Report on sanitation, dispensaries, and jails in Rajputana for 1919, and on vaccination for the year 1919-1920 - 1919-1920
Year: 1919
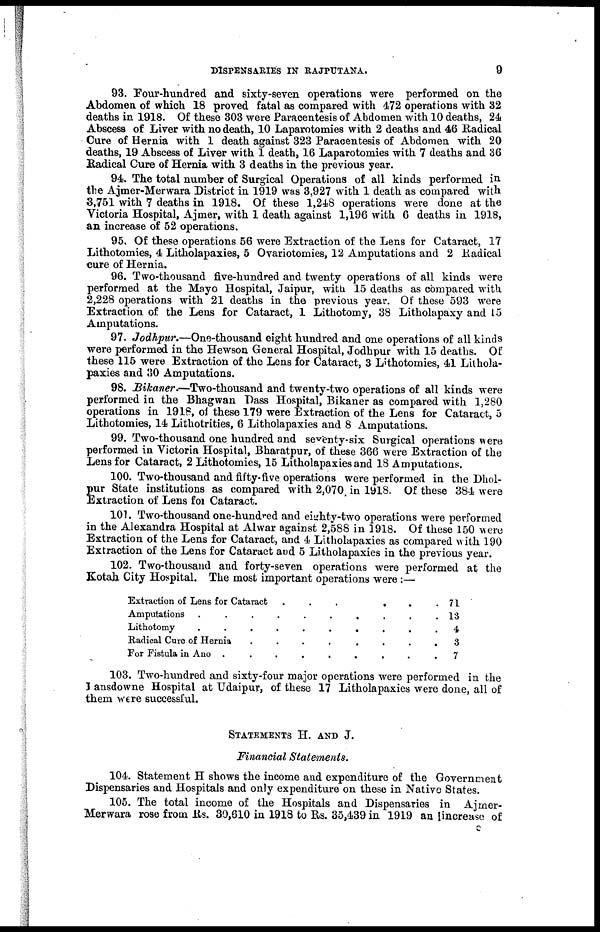
DISPENSARIES IN RAJPUTANA.
9
93. Four-hundred and sixty-seven operations were performed on the
Abdomen of which 18 proved fatal as compared with 472 operations with 32
deaths in 1918. Of these 303 were Paracentesis of Abdomen with 10 deaths, 24
Abscess of Liver with no death, 10 Laparotomies with 2 deaths and 46 Radical
Cure of Hernia with 1 death against 323 Paracentesis of Abdomen with 20
deaths, 19 Abscess of Liver with 1 death, 16 Laparotomies with 7 deaths and 36
Radical Cure of Hernia with 3 deaths in the previous year.
94. The total number of Surgical Operations of all kinds performed in
the Ajmer-Merwara District in 1919 was 3,927 with 1 death as compared with
3,751 with 7 deaths in 1918. Of these 1,248 operations were done at the
Victoria Hospital, Ajmer, with 1 death against 1,196 with 6 deaths in 1918,
an increase of 52 operations.
95. Of these operations 56 were Extraction of the Lens for Cataract, 17
Lithotomies, 4 Litholapaxies, 5 Ovariotomies, 12 Amputations and 2 Radical
cure of Hernia.
96. Two-thousand five-hundred and twenty operations of all kinds were
performed at the Mayo Hospital, Jaipur, with 15 deaths as compared with
2,228 operations with 21 deaths in the previous year. Of these 593 were
Extraction of the Lens for Cataract, 1 Lithotomy, 38 Litholapaxy and 15
Amputations.
97. Jodhpur.—One-thousand eight hundred and one operations of all kinds
were performed in the Hewson General Hospital, Jodhpur with 15 deaths. Of
these 115 were Extraction of the Lens for Cataract, 3 Lithotomies, 41 Lithola-
paxies and 30 Amputations.
98. Bikaner.—Two-thousand and twenty-two operations of all kinds were
performed in the Bhagwan Dass Hospital, Bikaner as compared with 1,280
operations in 1918, of these 179 were Extraction of the Lens for Cataract, 5
Lithotomies, 14 Lithotrities, 6 Litholapaxies and 8 Amputations.
99. Two-thousand one hundred and seventy-six Surgical operations were
performed in Victoria Hospital, Bharatpur, of these 366 were Extraction of the
Lens for Cataract, 2 Lithotomies, 15 Litholapaxies and 18 Amputations.
100. Two-thousand and fifty-five operations were performed in the Dhol¬
pur State institutions as compared with 2,070, in 1918. Of these 384 were
Extraction of Lens for Cataract.
101. Two-thousand one-hundred and eighty-two operations were performed
in the Alexandra Hospital at Alwar against 2,588 in 1918. Of these 150 were
Extraction of the Lens for Cataract, and 4 Litholapaxies as compared with 190
Extraction of the Lens for Cataract and 5 Litholapaxies in the previous year.
102. Two-thousand and forty-seven operations were performed at the
Kotah City Hospital. The most important operations were :—
Extraction of Lens for Cataract
.
.
.
.
.
.
.
.
Amputation . . . . . . . .
Lithotomy
.
.
.
.
.
.
.
.
Radical Cure of Hernia . . . . . . . .
For Fistula in Ano . . . . . . . .
71
13
4
3
7
103. Two-hundred and sixty-four major operations were performed in the
Jansdowne Hospital at Udaipur, of these 17 Litholapaxies were done, all of
them were successful.
STATEMENTS H. AND J.
Financial Statements.
104. Statement H shows the income and expenditure of the Government
Dispensaries and Hospitals and only expenditure on these in Native States.
105. The total income of the Hospitals and Dispensaries in Ajmer¬
Merwara rose from Rs. 30,610 in 1918 to Rs. 35,439 in 1919 an increase of